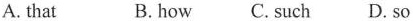
A.that B.how C. such D. so